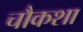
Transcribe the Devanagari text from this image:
चौकशा